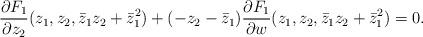
LaTeX: \begin{align*} \frac{\partial F_1}{\partial z_2}(z_1,z_2, \bar{z}_1 z_2 + \bar{z}_1^2)+(-z_2-\bar{z}_1)\frac{\partial F_1}{\partial w}(z_1,z_2, \bar{z}_1 z_2 + \bar{z}_1^2)= 0 .\end{align*}